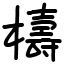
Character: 檮